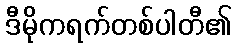
ဒီမိုကရက်တစ်ပါတီ၏